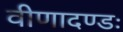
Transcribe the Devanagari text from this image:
वीणादण्डः